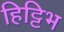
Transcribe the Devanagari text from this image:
हिट्टिभ